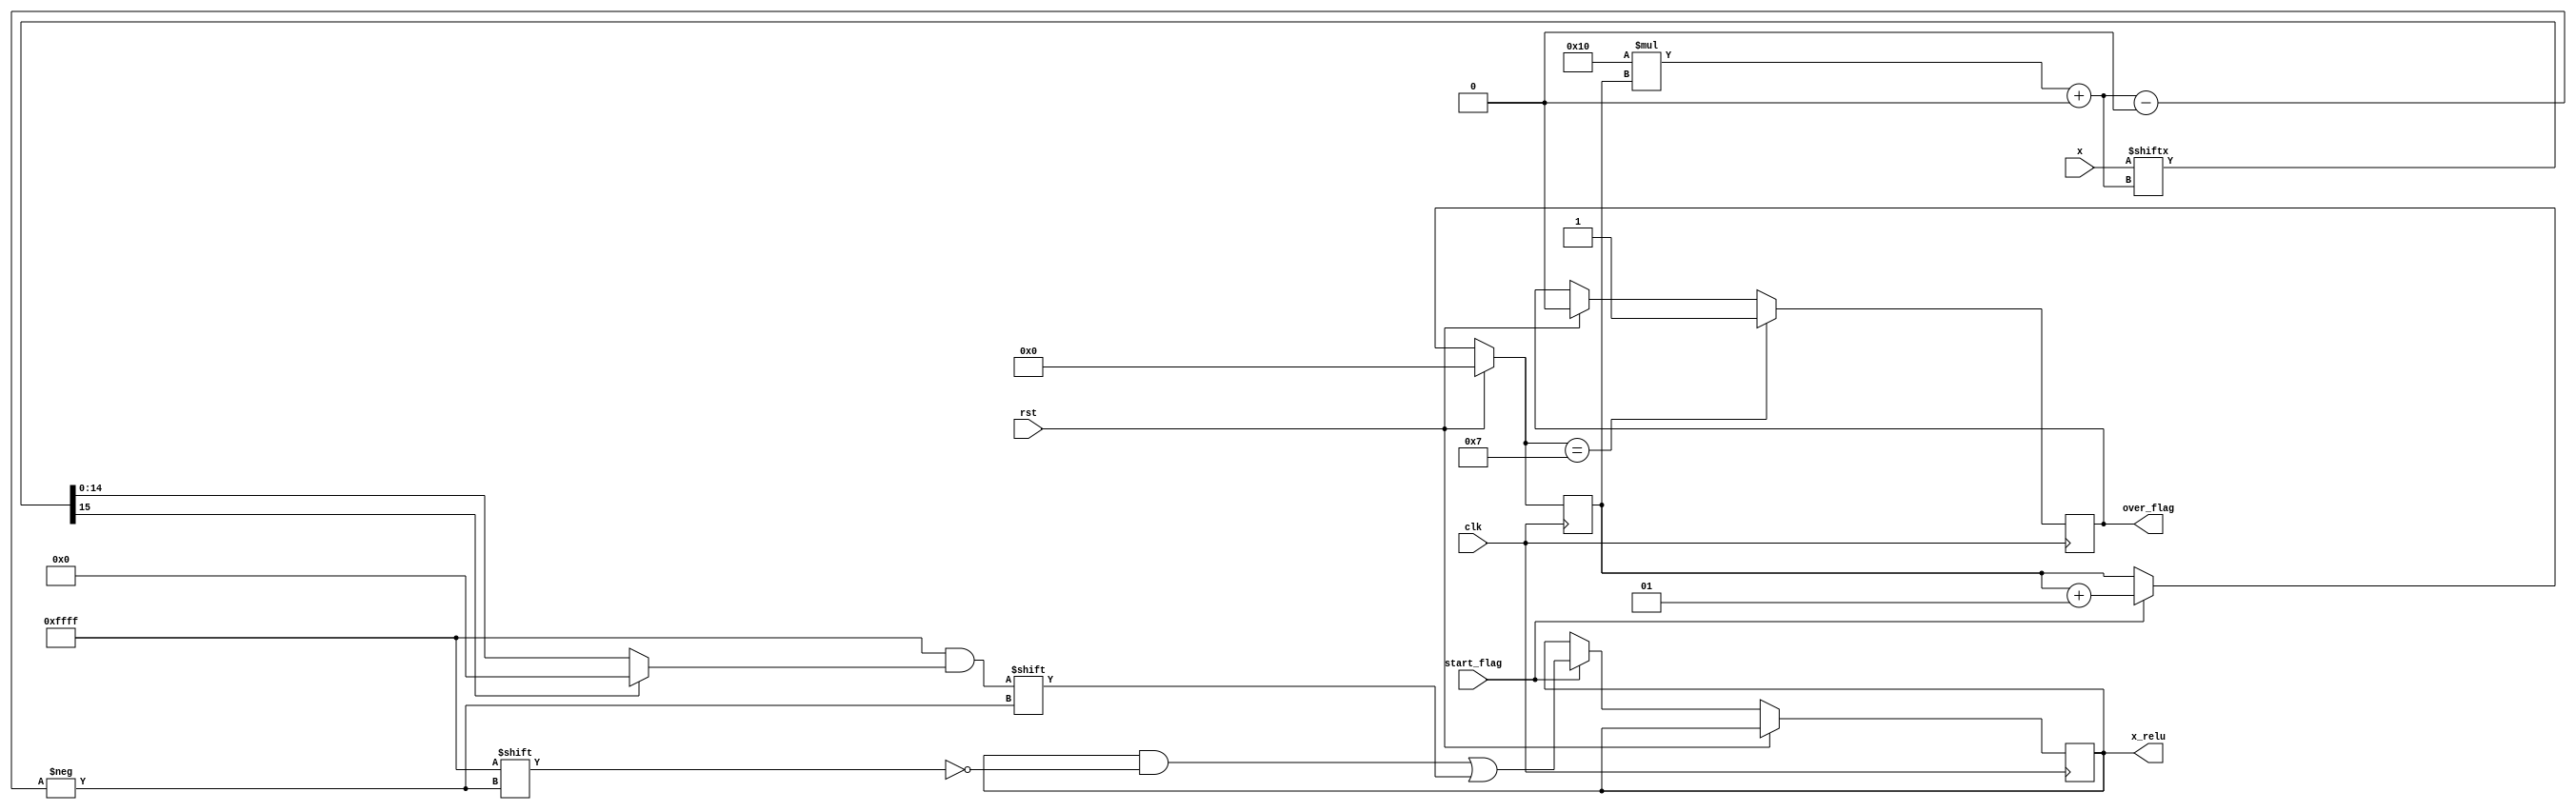
module relu(
    input clk,
    input rst,
    input signed [nofinputs*DATA_WIDTH-1:0] x,
    output reg [nofinputs*DATA_WIDTH-1:0] x_relu,
    input start_flag,
    output reg over_flag
);
  parameter DATA_WIDTH=16;
  parameter nofinputs=7;// deterimining the no of inputs entering the function


  wire [DATA_WIDTH-1:0]OutputTemp;
  wire [DATA_WIDTH-1:0]x_temp;

  wire Finished;
  integer i,j;

  assign x_temp = x[DATA_WIDTH*i+:DATA_WIDTH];
  assign OutputTemp = (x_temp[15]==0) ? x_temp : 16'h0000; //Relu操作

  always @(posedge clk) begin //计算负数个数
    if(x_temp[15]==1)
    j=j+1;
  end
  always@(posedge clk)
  begin
    // if the external reset =1 then make everything to 0
    if(rst)
    begin
      i=0;
      j=0;
      over_flag=0;
    end
    //checking if the tanh is not finished so continue your operation and low down the reset to continue
    else if(start_flag)
    begin
        x_relu[DATA_WIDTH*i+:DATA_WIDTH]=OutputTemp;
        i=i+1;
      end
      // check if all the inputs are finished then the layer is OK
      if(i==nofinputs)
      begin
        over_flag=1;
      end
    end

endmodule